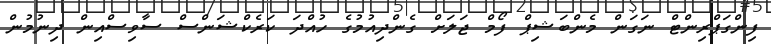
ފިންގަޕްރިންޓް ނަގަން މެންބަޝިޕް ފޯމް ޖަލަށް ގެންދިއުމުގެ ހުއްދަ ކަރެކްޝަންސް ސާވިސްއިން ދިނުމުން